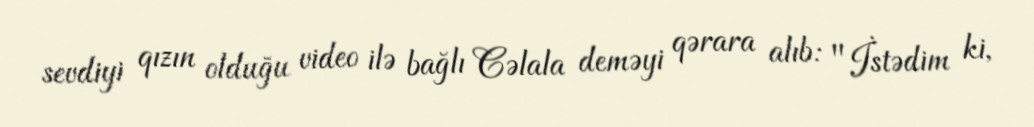
sevdiyi qızın olduğu video ilə bağlı Cəlala deməyi qərara alıb: "İstədim ki,